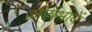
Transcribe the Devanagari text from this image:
जीवेंभावें